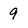
Character: 9